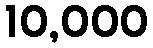
10,000